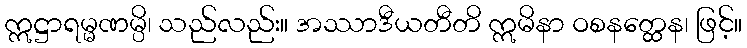
ဣဋ္ဌာရမ္မဏမ္ပိ၊ သည်လည်း။ အဿာဒီယတီတိ ဣမိနာ ဝစနတ္ထေန၊ ဖြင့်။